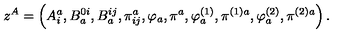
z ^ { A } = \left( A _ { i } ^ { a } , B _ { a } ^ { 0 i } , B _ { a } ^ { i j } , \pi _ { i j } ^ { a } , \varphi _ { a } , \pi ^ { a } , \varphi _ { a } ^ { \left( 1 \right) } , \pi ^ { ( 1 ) a } , \varphi _ { a } ^ { \left( 2 \right) } , \pi ^ { ( 2 ) a } \right) .